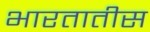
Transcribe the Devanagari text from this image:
भारतातीस